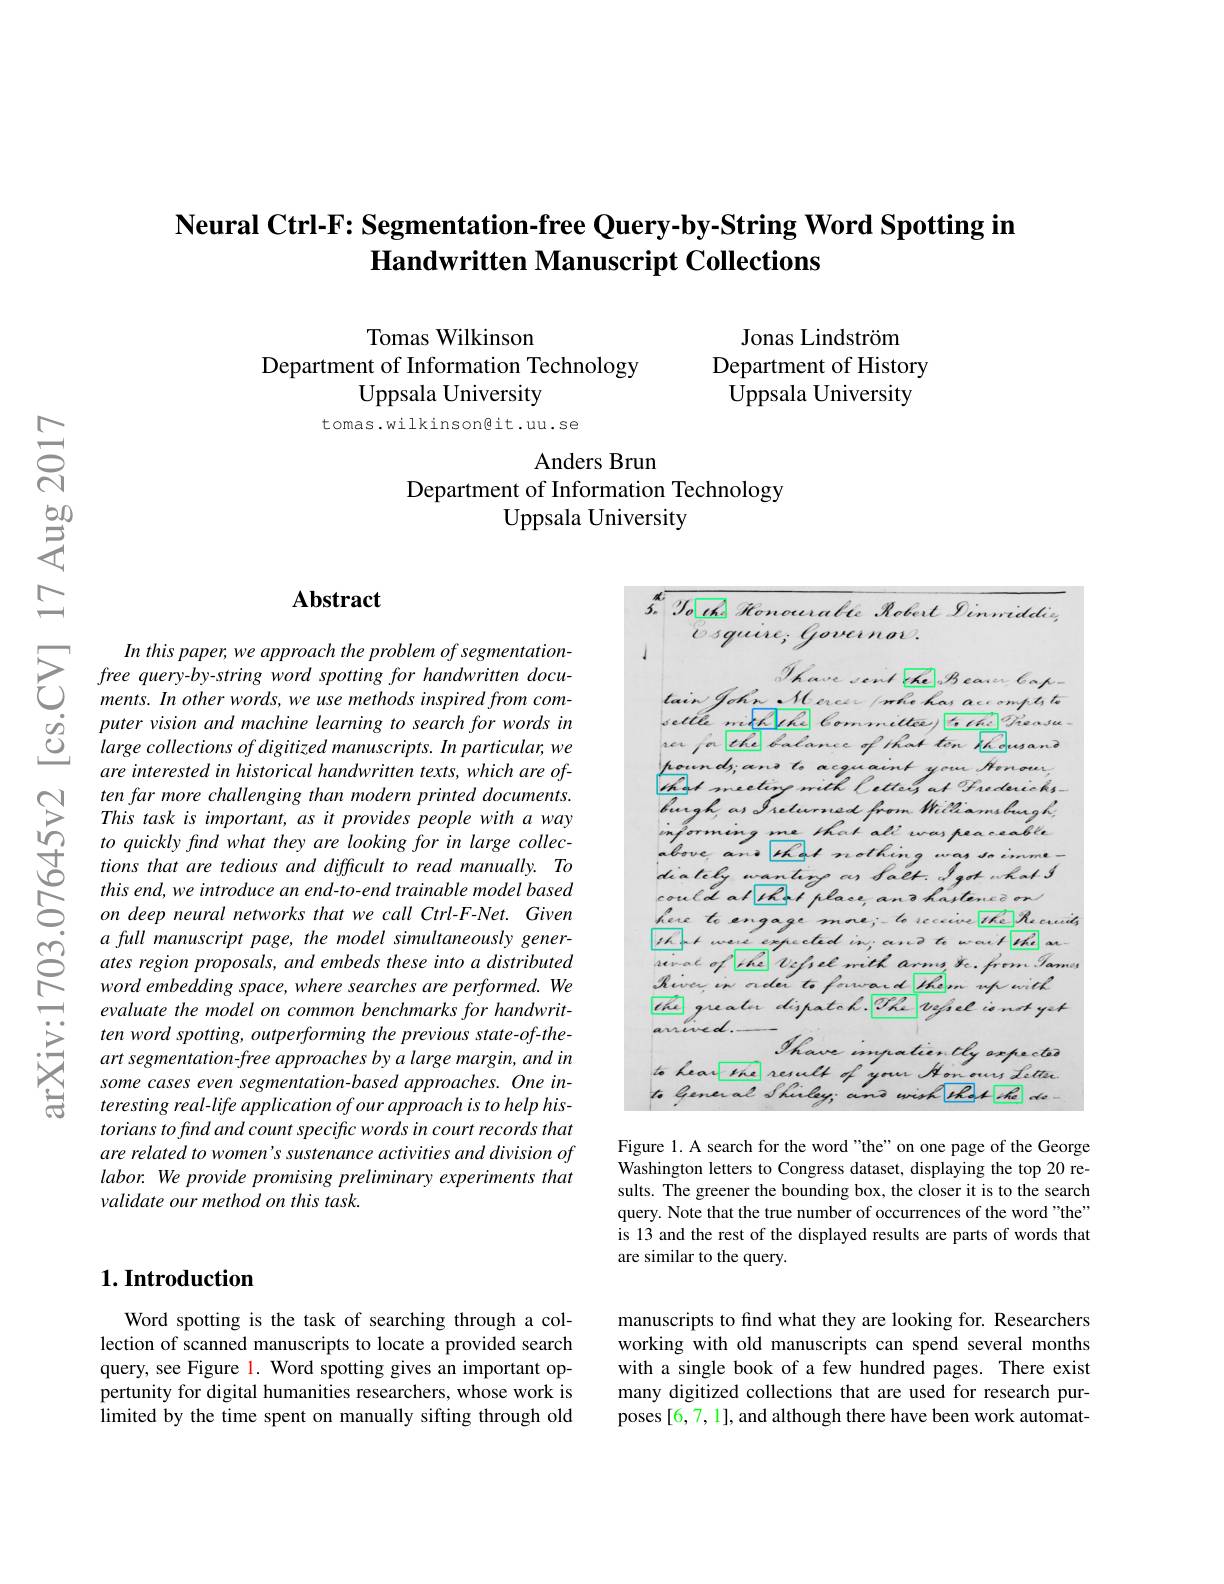
Neural Ctrl-F: Segmentation-free Query-by-String Word Spotting in
Handwritten Manuscript Collections

Jonas Lindström
Department of History Uppsala University

Tomas Wilkinson
Department of Information Technology
Uppsala University

## tomas.wilkinsongit.uu.se

Anders Brun
Department of Information Technology
Uppsala University

## Abstract

$\sum_{\begin{array}{cc}&In~this~paper,we~approach~the~problem~of~segmentation-}\\&free~query-by-string~word~spoting~for~handwritten~docu-~free~query-bre~-~free~query-br-bring~word~spoting~for~handwritten~docu-~ments~Inonter~vision~ands~me~anther~won~and~mer~vision~and~$
are interested in historical handwritten texts, which are often far more challenging than modern printed documents. This task is important, as it provides people with a way to quickly find what they are looking for in large collections that are tedious and difficult to read manually. To $thisend,weintroduceanend-to-endtrainablemodelbased$ on deep neural networks that we call Ctrl-F-Net. Given a full manuscript page, the model simultaneously generates region proposals, and embeds these into a distributed word embedding space, where searches are performed. We evaluate the model on common benchmarks for handwritten word spotting, outperforming the previous state-of-theart segmentation-free approaches by a large margin, and in some cases even segmentation-based approaches. One interesting real-life application ofour approach is to help historians to find and count specific words in court records that are related to women's sustenance activities and division of labor. We provide promising preliminary experiments that validate our method on this task.

<FigureHere>

Figure 1. A search for the word "the" on one page of the George Washington letters to Congress dataset, displaying the top 20 results. The greener the bounding box, the closer it is to the search query. Note that the true number of occurrences of the word "the" is 13 and the rest of the displayed results are parts of words that are similar to the query.

manuscripts to find what they are looking for. Researchers working with old manuscripts can spend several months with a single book of a few hundred pages. There exist many digitized collections that are used for research purposes [6,7,1], and although there have been work automat-

## 1. Introduction

Word spotting is the task of searching through a collection of scanned manuscripts to locate a provided search query, see Figure l. Word spotting gives an important oppertunity for digital humanities researchers, whose work is limited by the time spent on manually sifting through old